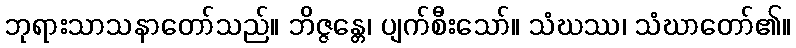
ဘုရားသာသနာတော်သည်။ ဘိဇ္ဇန္တေ၊ ပျက်စီးသော်။ သံဃဿ၊ သံဃာတော်၏။